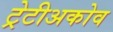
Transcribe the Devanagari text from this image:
ट्रेटीअकोव